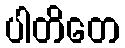
ပါတိတေ